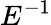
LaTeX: E^{-1}